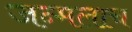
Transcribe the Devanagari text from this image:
जन्मलाच